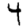
Digit: 4